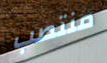
منتصب